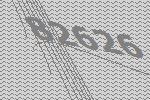
82626